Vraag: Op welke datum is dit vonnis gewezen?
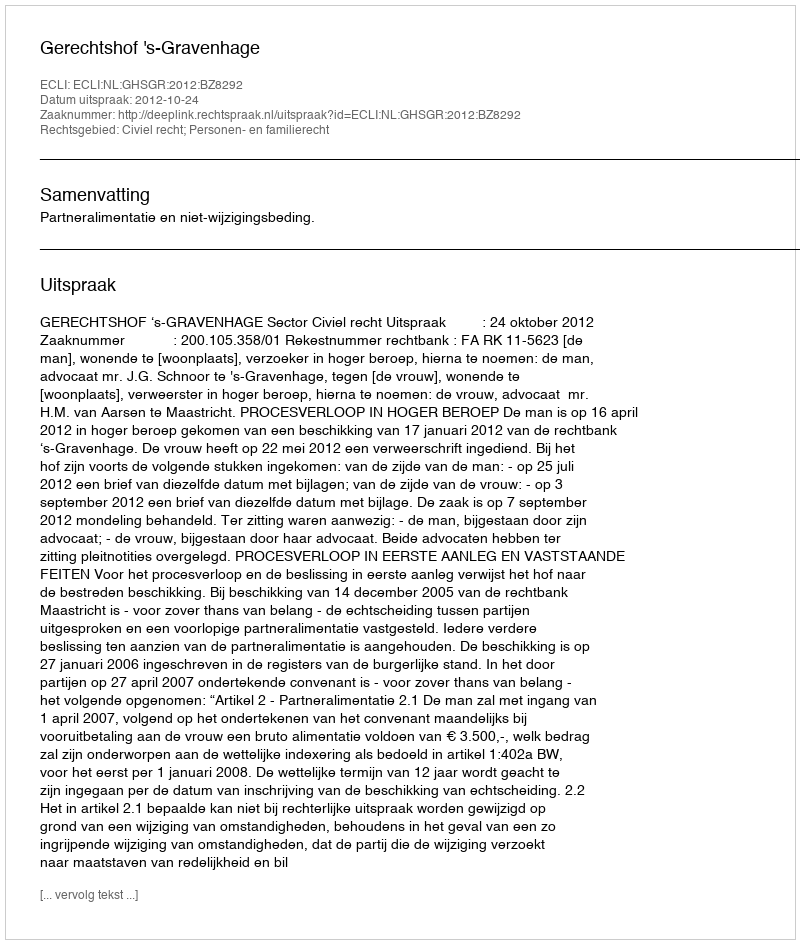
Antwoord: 2012-10-24